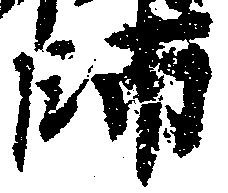
師